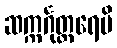
ဆက္ကင်္ဂုတ္တရေပိ